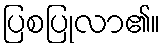
ပြစပြုလာ၏။